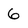
Character: 6